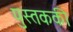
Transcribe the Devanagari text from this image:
पुस्तककी